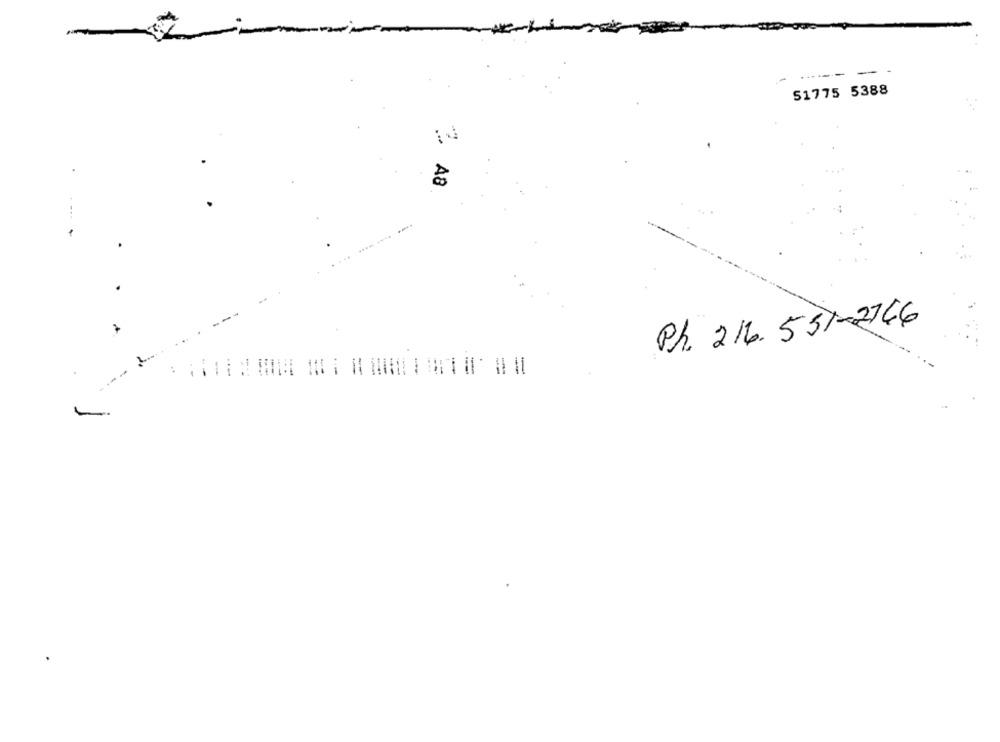
-
51775 5388
A8
Ph. 216.551-2746
7
---
i
1